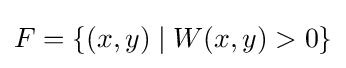
F=\{(x,y)\mid W(x,y)>0\}